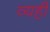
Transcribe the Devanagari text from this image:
व्यही